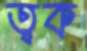
ত্বক